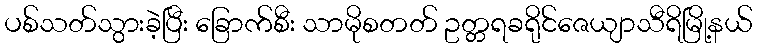
ပစ်သတ်သွားခဲ့ပြီး ခြောက်စီး သာမိုစတတ် ဥတ္တရခရိုင်ဇေယျာသီရိမြို့နယ်